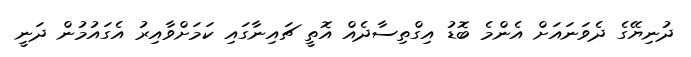
ދުނިޔޭގެ ދެވަނައަށް އެންމެ ބޮޑު އިގްތިސާދެއް އޮތީ ޗައިނާގައި ކަމަށްވާއިރު އެގައުމުން ދަނީ